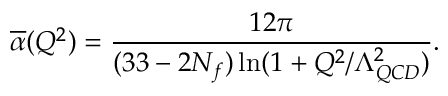
\overline { { { \alpha } } } ( Q ^ { 2 } ) = { \frac { 1 2 \pi } { ( 3 3 - 2 N _ { f } ) \ln ( 1 + Q ^ { 2 } / \Lambda _ { Q C D } ^ { 2 } ) } } .